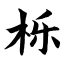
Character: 栎